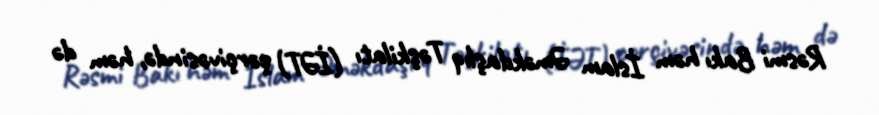
Rəsmi Bakı həm İslam Əməkdaşlıq Təşkilatı (İƏT) çərçivəsində, həm də